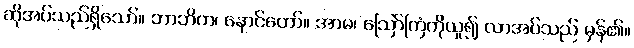
ဆိုအပ်သည်ရှိသော်။ ဘာဘိက၊ နောင်တော်။ အာမ၊ ဩော်ကြံကိုယူ၍ လာအပ်သည် မှန်၏။